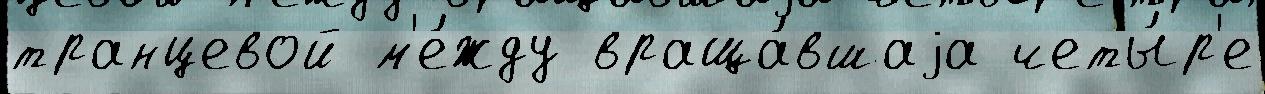
транцевой м'е́жду враща́вшаjа четы́р'е